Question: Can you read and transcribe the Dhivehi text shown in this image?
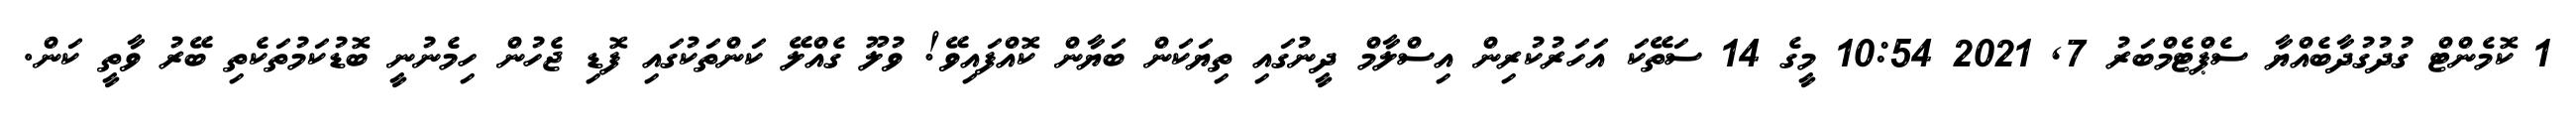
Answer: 1 ކޮމެންޓް ގުދުގުދާބެއްޔާ ސެޕްޓެމްބަރު 7, 2021 10:54 މީގެ 14 ސަތޭކަ އަހަރުކުރިން އިސްލާމް ދީނުގައި ތިޔަކަން ބަޔާން ކޮއްފައިވޭ! ވުލޫ ގެއްލޭ ކަންތަކުގައި ފޮޑި ޖެހުން ހިމެނުނީ ބޮޑުކަމުތަކެތި ބޭރު ވާތީ ކަން.